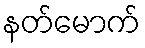
နတ်မောက်